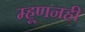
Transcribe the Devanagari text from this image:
म्हूणनही